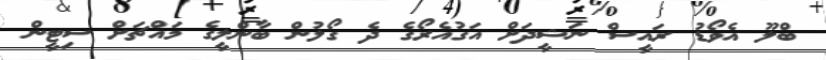
ބްލޫ އެވޯޑު ރައީސް ނަޝީދަށް އަގުއެރޯގެ ދެ ގޯލުން ބާންލީގެ މައްޗަށް ސިޓީން